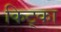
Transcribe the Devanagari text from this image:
किट्का